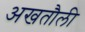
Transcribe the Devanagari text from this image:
अखतौली